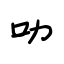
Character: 叻